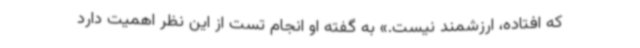
که افتاده، ارزشمند نیست.» به گفته او انجام تست‌ از این نظر اهمیت دارد